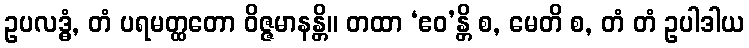
ဥပလဒ္ဓံ, တံ ပရမတ္ထတော ဝိဇ္ဇမာနန္တိ။ တထာ ‘ဧဝ’န္တိ စ, မေတိ စ, တံ တံ ဥပါဒါယ